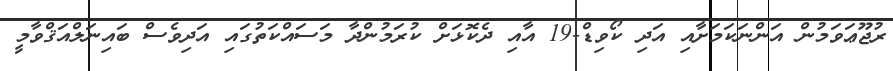
ރުޖޫޢަވަމުން އަންނަކަމަށާއި އަދި ކޯވިޑް-19 އާއި ދެކޮޅަށް ކުރަމުންދާ މަސައްކަތުގައި އަދިވެސް ބައިނަލްއަޤްވާމީ